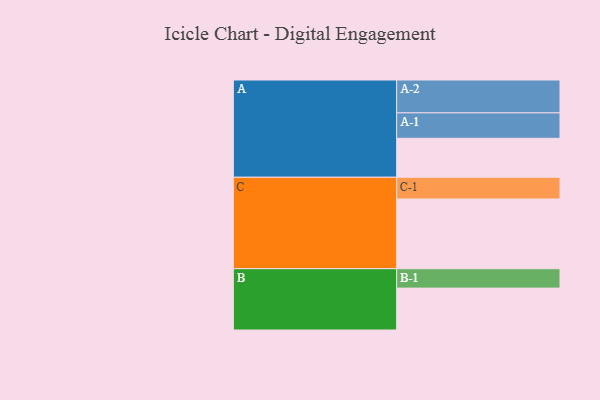
{"axis": {"x": "Segment", "y": "Value"}, "legend": ["", "A", "B", "C"], "data": [{"x": "A", "y": 311, "type": ""}, {"x": "B", "y": 334, "type": ""}, {"x": "C", "y": 556, "type": ""}, {"x": "A-1", "y": 203, "type": "A"}, {"x": "A-2", "y": 262, "type": "A"}, {"x": "B-1", "y": 155, "type": "B"}, {"x": "C-1", "y": 173, "type": "C"}]}